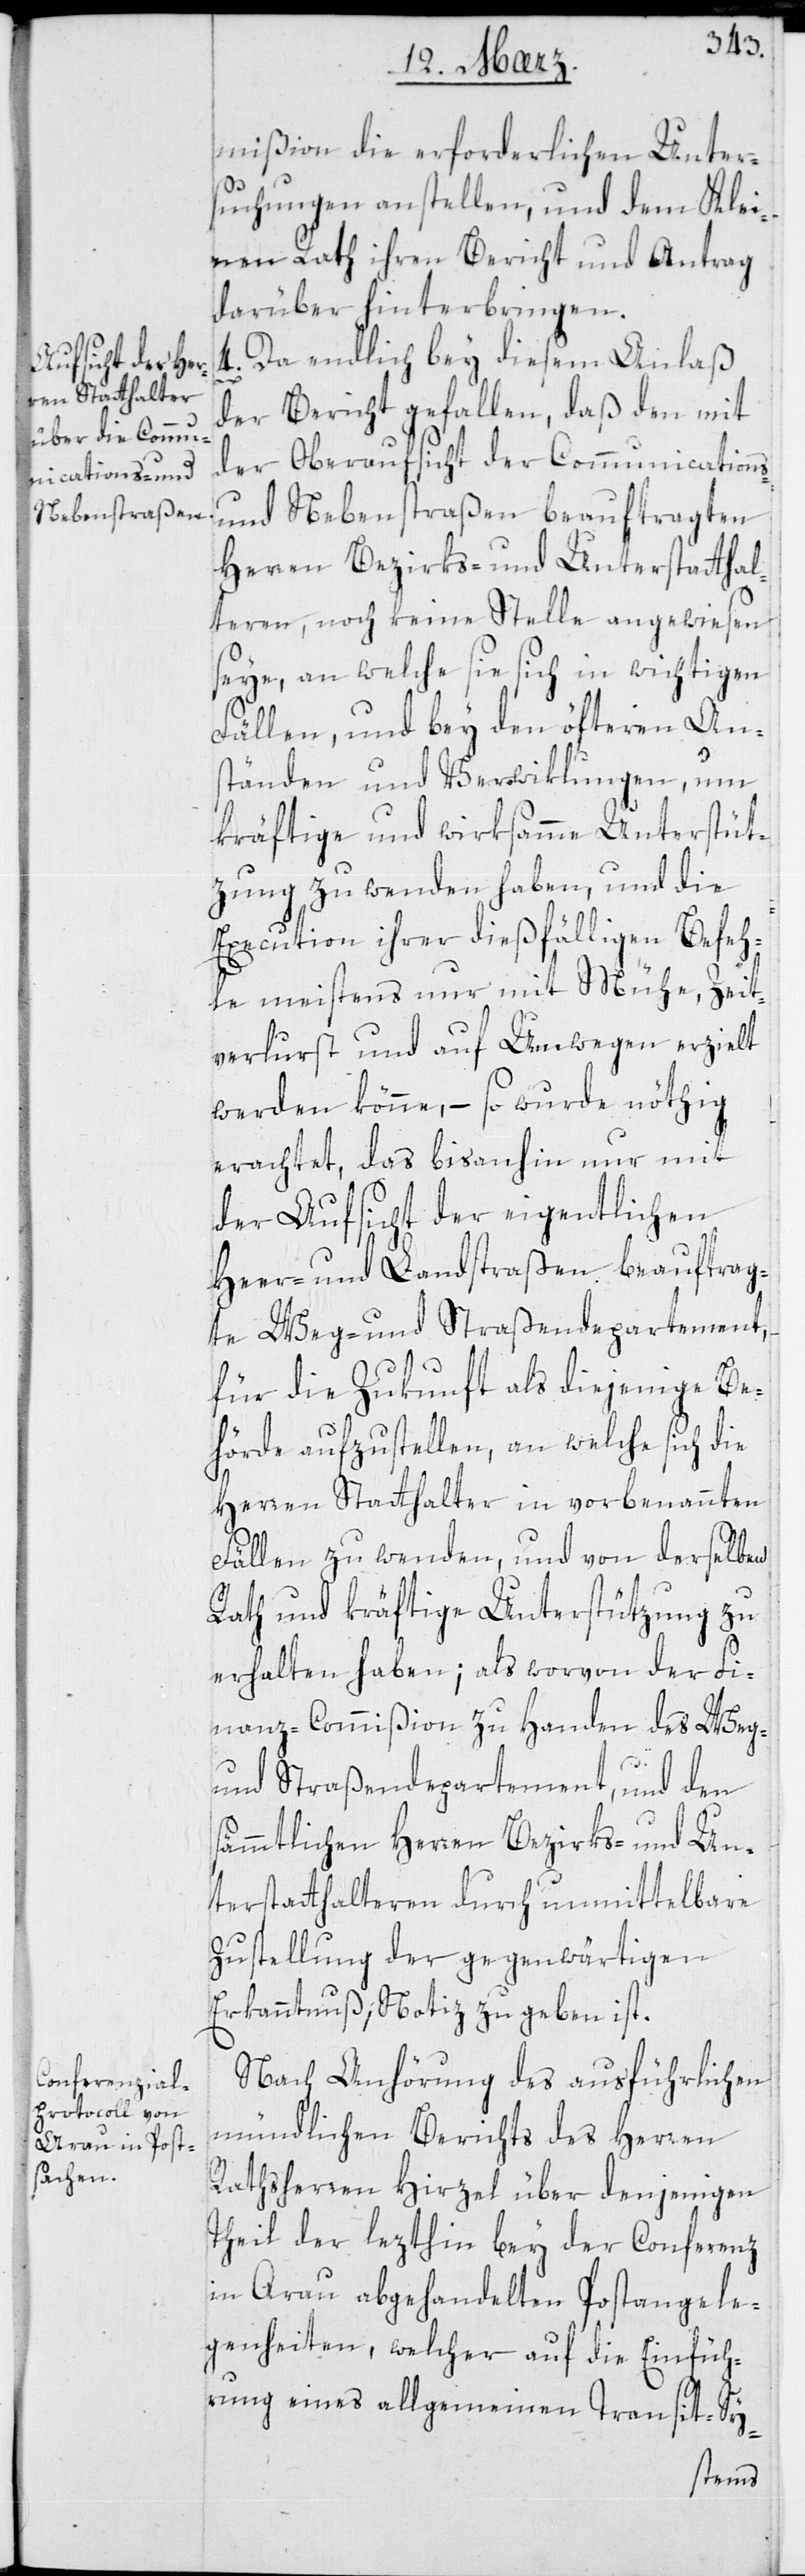
mißion die erforderlichen Unter¬
suchungen anstellen, und dem Klei¬
nen Rath ihren Bericht und Antrag
darüber hinterbringen.
4. Da endlich bey diesem Anlaß
der Bericht gefallen, daß den mit
der Oberaufsicht der Communications-
und Nebenstraßen beauftragten
Herren Bezirks- und Unterstatthal¬
teren, noch keine Stelle angewiesen
seye, an welche sie sich in wichtigen
Fällen, und bey den öfteren An¬
ständen und Verwiklungen, um
kräftige und wirksamme Unterstüt¬
zung zu wenden haben, und die
Execution ihrer dießfälligen Befeh¬
le meistens nur mit Mühe, Zeit¬
verlust und auf Umwegen erzielt
werden könne, – so wurde nöthig
erachtet, das bis anhin nur mit
der Aufsicht der eigentlichen
Heer- und Landstraßen beauftrag¬
te Weg- und Straßendepartement,
für die Zukunft als diejenige Be¬
hörde aufzustellen, an welche sich die
Herren Statthalter in vorbenannten
Fällen zu wenden, und von derselben
Rath und kräftige Unterstützung zu
erhalten haben; als worvon der Fi¬
nanz-Commißion zu Handen des Weg-
und Straßendepartement und den
sämmtlichen Herren Bezirks- und Un¬
terstatthalteren durch unmittelbare
Zustellung der gegenwärtigen
Erkanntnuß, Notiz zu geben ist.
Nach Anhörung des ausführlichen
mündlichen Berichts des Herren
Rathsherren Hirzel über denjenigen
Theil der lezthin bey der Conferenz
in Arau abgehandelten Postangele¬
genheiten, welcher auf die Einfüh¬
rung eines allgemeinen Transit-Sy-